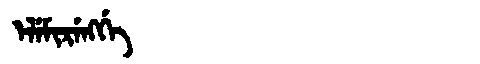
Manchu: ᡝᠯᡝᠮᡳᡵᡝᠩᡤᡝ
Romanization: ELEMIRENGGE